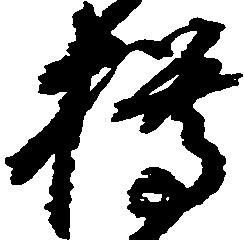
樽